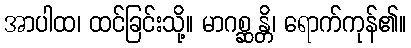
အာပါထ၊ ထင်ခြင်းသို့။ မာဂစ္ဆန္တိ၊ ရောက်ကုန်၏။